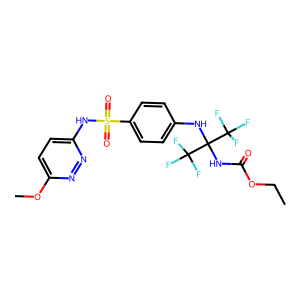
SMILES: CCOC(=O)NC(Nc1ccc(S(=O)(=O)Nc2ccc(OC)nn2)cc1)(C(F)(F)F)C(F)(F)F
Inhibits HIV replication: No